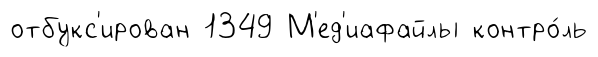
отбукс'ирован 1349 М'ед'иафайлы контро́ль